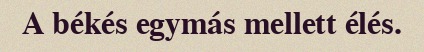
A békés egymás mellett élés.